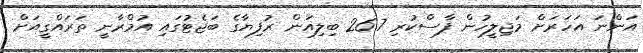
އަންނަ އަހަރަށް މަޖިލީހުން ފާސްކުރި 26.7 ބިލިއަން ރުފިޔާގެ ބަޖެޓުގައި އުމްރާނީ ތަރައްގީއަށް